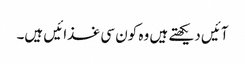
آئیں دیکھتے ہیں وہ کون سی غذائیں ہیں۔